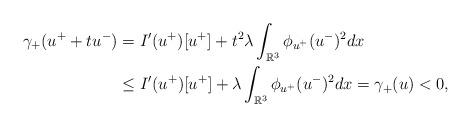
LaTeX: \begin{align*} \gamma_+(u^++tu^-)&=I'(u^+)[u^+]+t^2\lambda\int_{\mathbb R^3}\phi_{u^+}(u^-)^2dx\\ &\leq I'(u^+)[u^+]+\lambda\int_{\mathbb R^3}\phi_{u^+}(u^-)^2dx=\gamma_+(u)<0, \end{align*}